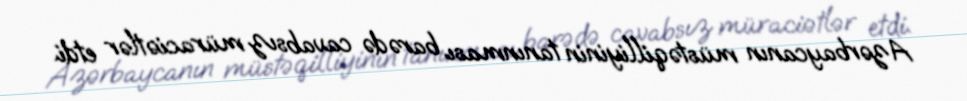
Azərbaycanın müstəqilliyinin tanınması barədə cavabsız müraciətlər etdi.